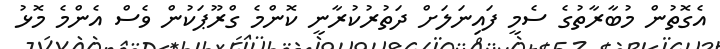
އެގޮތުން މުބާރާތުގެ ސެމީ ފައިނަލަށް ދަތުރުކުރާނީ ކޮންމެ ގްރޫޕަކުން ވެސް އެންމެ މޮޅު